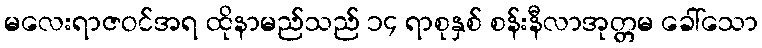
မလေးရာဇဝင်အရ ထိုနာမည်သည် ၁၄ ရာစုနှစ် စန်းနီလာအုတ္တမ ခေါ်သော